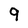
Character: 9